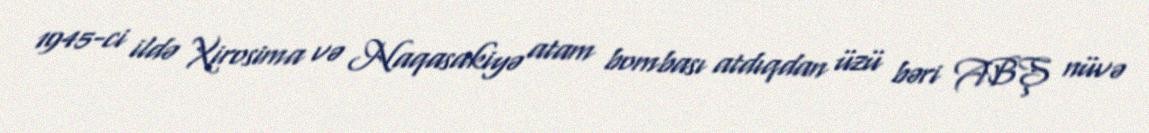
1945-ci ildə Xirosima və Naqasakiyə atam bombası atdıqdan üzü bəri ABŞ nüvə